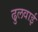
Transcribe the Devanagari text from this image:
ढुलवाई